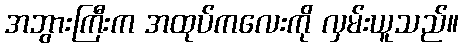
အဘွားကြီးက အထုပ်ကလေးကို လှမ်းယူသည်။